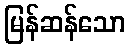
မြန်ဆန်သော